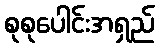
စုစုပေါင်းအရှည်